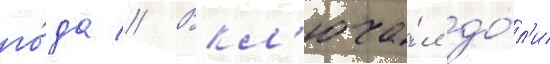
го́да // Вкл'юча́л до́л'и